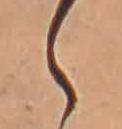
ら